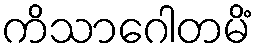
ကိသာဂေါတမိံ